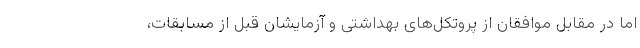
اما در مقابل موافقان از پروتکل‌های بهداشتی و آزمایشان قبل از مسابقات،